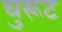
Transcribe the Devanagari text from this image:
चुरूट